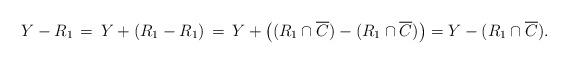
LaTeX: \begin{align*} Y - R_1 \,=\, Y + (R_1-R_1)\,= \, Y +\left( ( R_1 \cap\overline{C} ) - ( R_1 \cap\overline{C} ) \right) = Y - ( R_1 \cap\overline{C} ) .\end{align*}